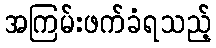
အကြမ်းဖက်ခံရသည့်